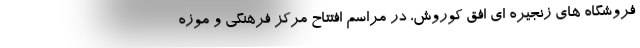
فروشگاه های زنجیره ای افق کوروش، در مراسم افتتاح مرکز فرهنگی و موزه